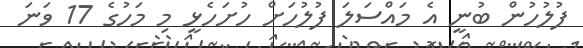
ފުލުހުން ބުނީ އެ މައްސަލަ ފުލުހަށް ހުށަހެޅީ މި މަހުގެ 17 ވަނަ